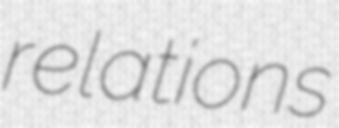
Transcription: relations